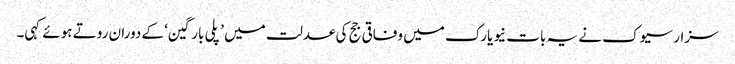
سزار سیوک نے یہ بات نیویارک میں وفاقی جج کی عدلت میں ’پلی بارگین‘ کے دوران روتے ہوئے کہی۔